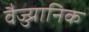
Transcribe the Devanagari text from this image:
वैज्ज्यानिक